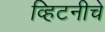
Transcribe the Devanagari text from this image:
व्हिटनीचे